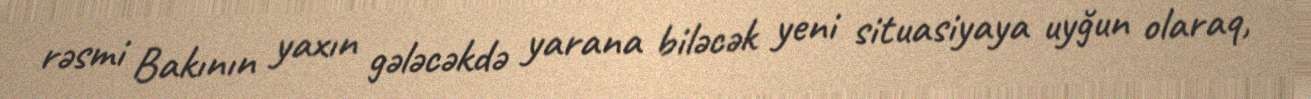
rəsmi Bakının yaxın gələcəkdə yarana biləcək yeni situasiyaya uyğun olaraq,